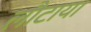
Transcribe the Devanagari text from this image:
लौटाय।